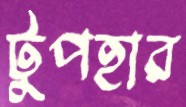
টুপহার